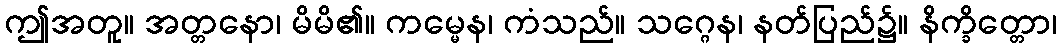
ဤအတူ။ အတ္တနော၊ မိမိ၏။ ကမ္မေန၊ ကံသည်။ သဂ္ဂေန၊ နတ်ပြည်၌။ နိက္ခိတ္တော၊